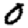
Digit: 0